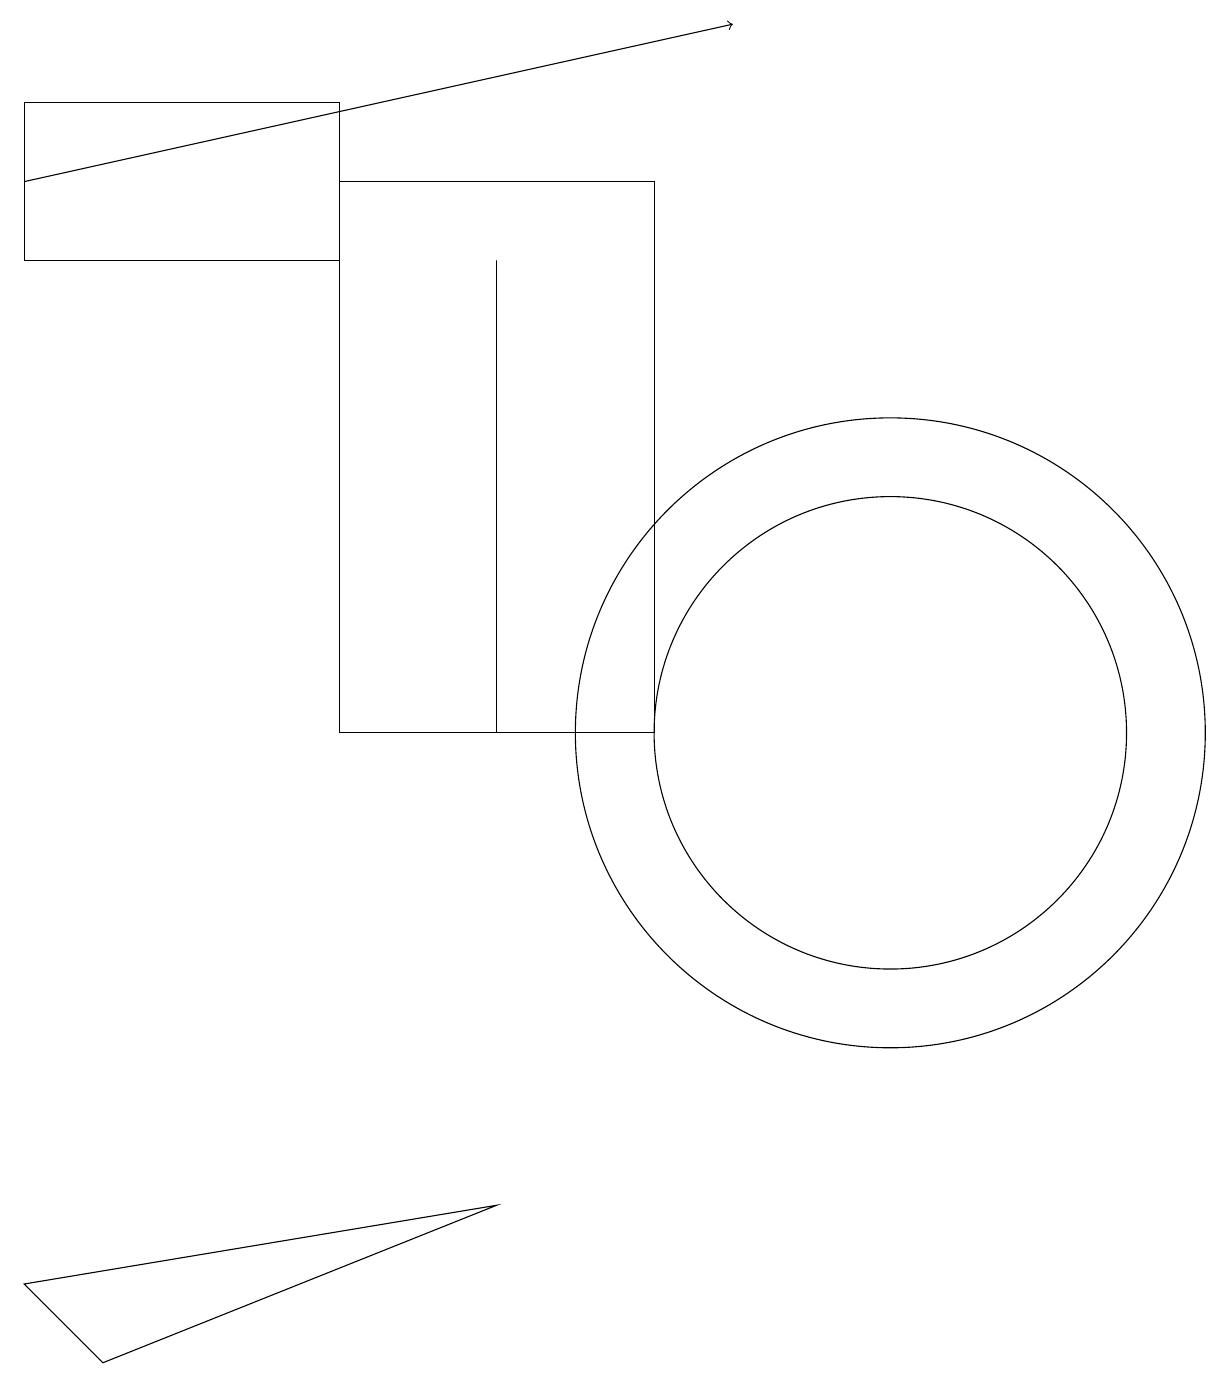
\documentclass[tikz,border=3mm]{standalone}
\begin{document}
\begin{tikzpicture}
\draw (6,4) -- (1,2) -- (0,3) -- cycle;
\draw (0,18) rectangle (4,16);
\draw[->] (0,17) -- (9,19);
\draw (6,10) rectangle (6,16);
\draw (10,11) circle (0);
\draw (11,10) circle (4);
\draw (11,10) circle (3);
\draw (4,10) rectangle (8,17);
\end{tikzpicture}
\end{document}